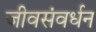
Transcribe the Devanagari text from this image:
जीवसंवर्धन